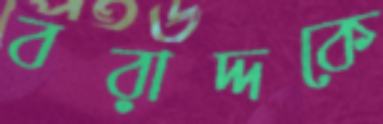
বরাদ্দকে